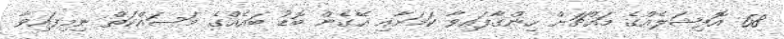
68 އޮފިޝަލެއްގެ މައްޗަށް ހިންގާފައިވާ ކަމަށާއި އޭގެން ބޮޑު ބައެއްގެ މަސައްކަތް ނިމިފައިވާ